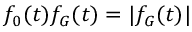
f _ { 0 } ( t ) f _ { G } ( t ) = | f _ { G } ( t ) |